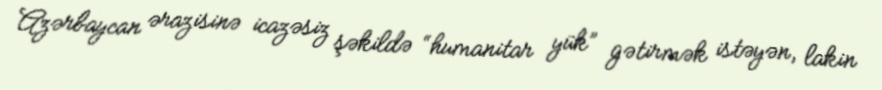
Azərbaycan ərazisinə icazəsiz şəkildə “humanitar yük” gətirmək istəyən, lakin